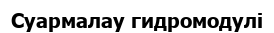
Суармалау гидромодулі